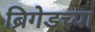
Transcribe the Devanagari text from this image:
ब्रिगेडच्या